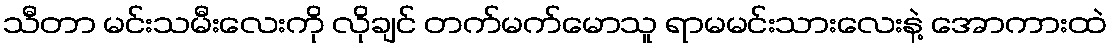
သီတာ မင်းသမီးလေးကို လိုချင် တက်မက်မောသူ ရာမမင်းသားလေးနဲ့ အောကားထဲ